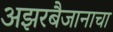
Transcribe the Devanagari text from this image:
अझरबैजानाचा